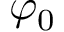
\varphi _ { 0 }